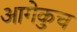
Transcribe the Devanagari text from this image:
आगेकुच